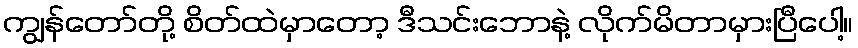
ကျွန်တော်တို့ စိတ်ထဲမှာတော့ ဒီသင်းဘောနဲ့ လိုက်မိတာမှားပြီပေါ့။